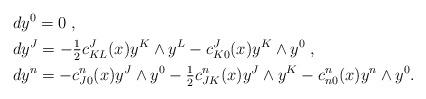
LaTeX: \begin{align*}&d y^0=0\;,\\&d y^J=-\tfrac{1}{2}c^J_{KL}(x) y^K\wedge y^L-c^J_{K0}(x)y^K\wedge y^0\;,\\&d y^n=-c^n_{J0}(x)y^J\wedge y^0-\tfrac{1}{2}c^n_{JK}(x)y^J\wedge y^K-c^n_{n0}(x)y^n\wedge y^0.\end{align*}